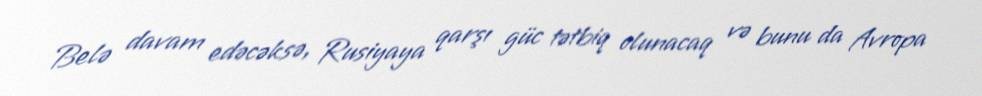
Belə davam edəcəksə, Rusiyaya qarşı güc tətbiq olunacaq və bunu da Avropa